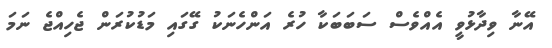
އޭނާ ވިދާޅުވީ އެއްވެސް ސަބަބަކާ ހުރެ އަންހެނަކު ގޭގައި މަޑުކުރަން ޖެހިއްޖެ ނަމަ